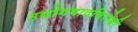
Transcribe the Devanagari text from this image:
उद्योगवादविरोधी